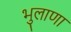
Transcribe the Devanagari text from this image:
भुलाणा